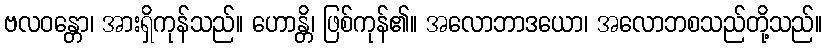
ဗလဝန္တော၊ အားရှိကုန်သည်။ ဟောန္တိ၊ ဖြစ်ကုန်၏။ အလောဘာဒယော၊ အလောဘစသည်တို့သည်။